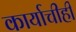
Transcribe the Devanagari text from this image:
कार्याचीही